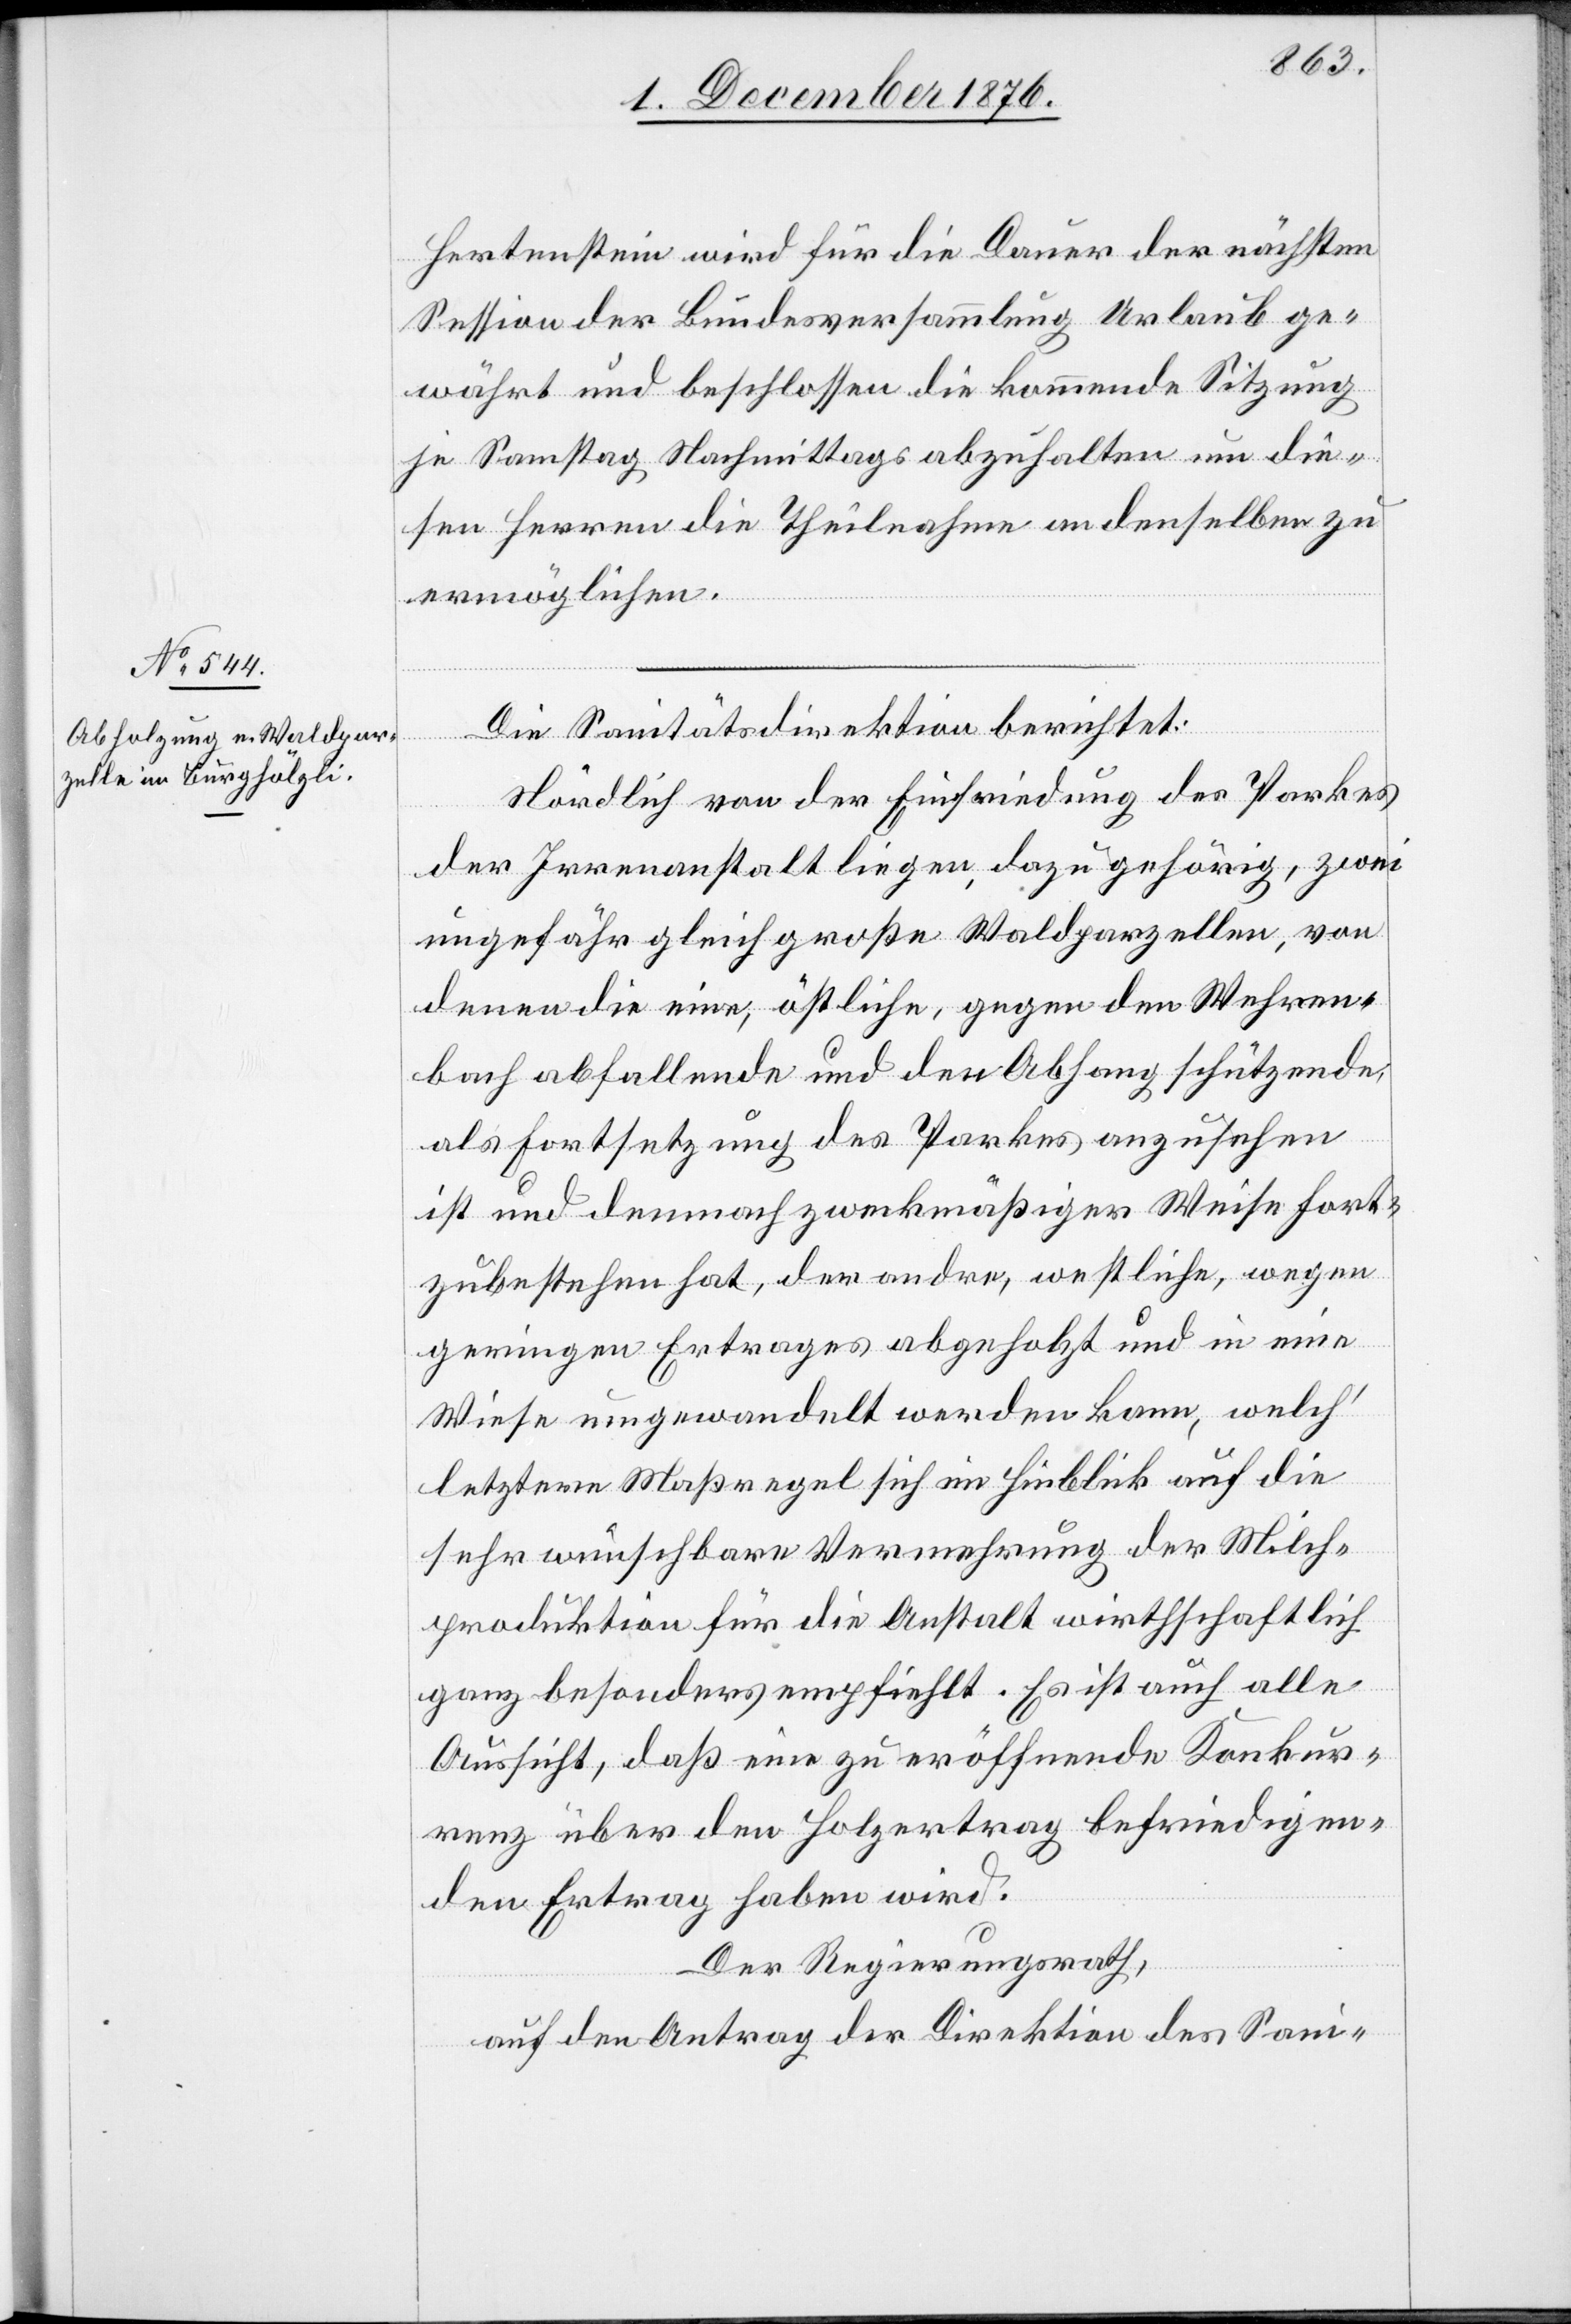
Hertenstein wird für die Dauer der nächsten
Session der Bundesversammlung Urlaub ge¬
währt und beschlossen die kommende Sitzung
je Samstag Nachmittags abzuhalten um die¬
sen Herren die Theilnahme an denselben zu
ermöglichen.
Die Sanitätsdirektion berichtet:
Nördlich von der Einfriedung des Parkes
der Irrenanstalt liegen, dazugehörig, zwei
ungefähr gleich große Waldparzellen, von
denen die eine, östliche, gegen den Wehren¬
bach abfallende und den Abhang schützende,
als Fortsetzung des Parkes anzusehen
ist und demnach zweckmäßiger Weise fort¬
zubestehen hat, der andre, westliche, wegen
geringen Ertrages abgeholzt und in eine
Wiese umgewandelt werden kann, welch’
letztere Maßregel sich im Hinblick auf die
sehr wünschbare Vermehrung der Milch¬
produktion für die Anstalt wirthschaftlich
ganz besonders empfiehlt. Es ist auch alle
Aussicht, daß eine zu eröffnende Konkur¬
renz über den Holzertrag befriedigen¬
den Ertrag haben wird.
Der Regierungsrath,
auf den Antrag der Direktion des Sani-